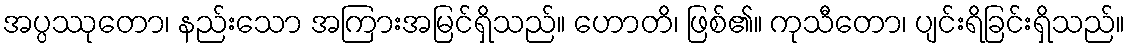
အပ္ပဿုတော၊ နည်းသော အကြားအမြင်ရှိသည်။ ဟောတိ၊ ဖြစ်၏။ ကုသီတော၊ ပျင်းရိခြင်းရှိသည်။